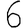
Digit: 6